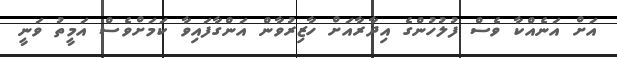
އަށް އަނެއްކާ ވެސް ފުލުހުންގެ އިދާރާއަށް ހާޒިރުވާން އަންގާފައިވާ ކަމަށްވެސް އަމީތު ވަނީ